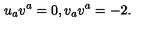
u _ { a } v ^ { a } = 0 , v _ { a } v ^ { a } = - 2 .